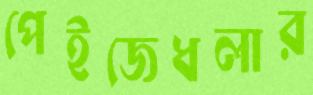
পেইজেধলার